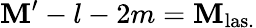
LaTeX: \mathbf{M}^{\prime}-l-2m=\mathbf{M}_{\mathrm{{las.}}}